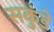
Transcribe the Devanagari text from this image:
सकुंडे